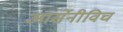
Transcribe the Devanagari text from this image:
आर्सेनीविच